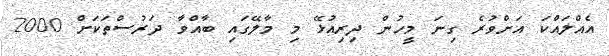
އެއްލައްކަ އަށްވުރެ ގިނަ މީހުން ދިރިއުޅޭ މި މާލޭގައި ބާއްވާ ދަރުސްތަކަށް 2000